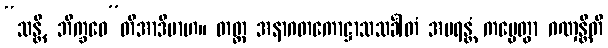
“သန္တိ, ဘိက္ခဝေ”တိအာဒိမာဟ။ တတ္ထ အနာဂတကောဋ္ဌာသသင်္ခါတံ အပရန္တံ ကပ္ပေတွာ ဂဏှန္တီတိ